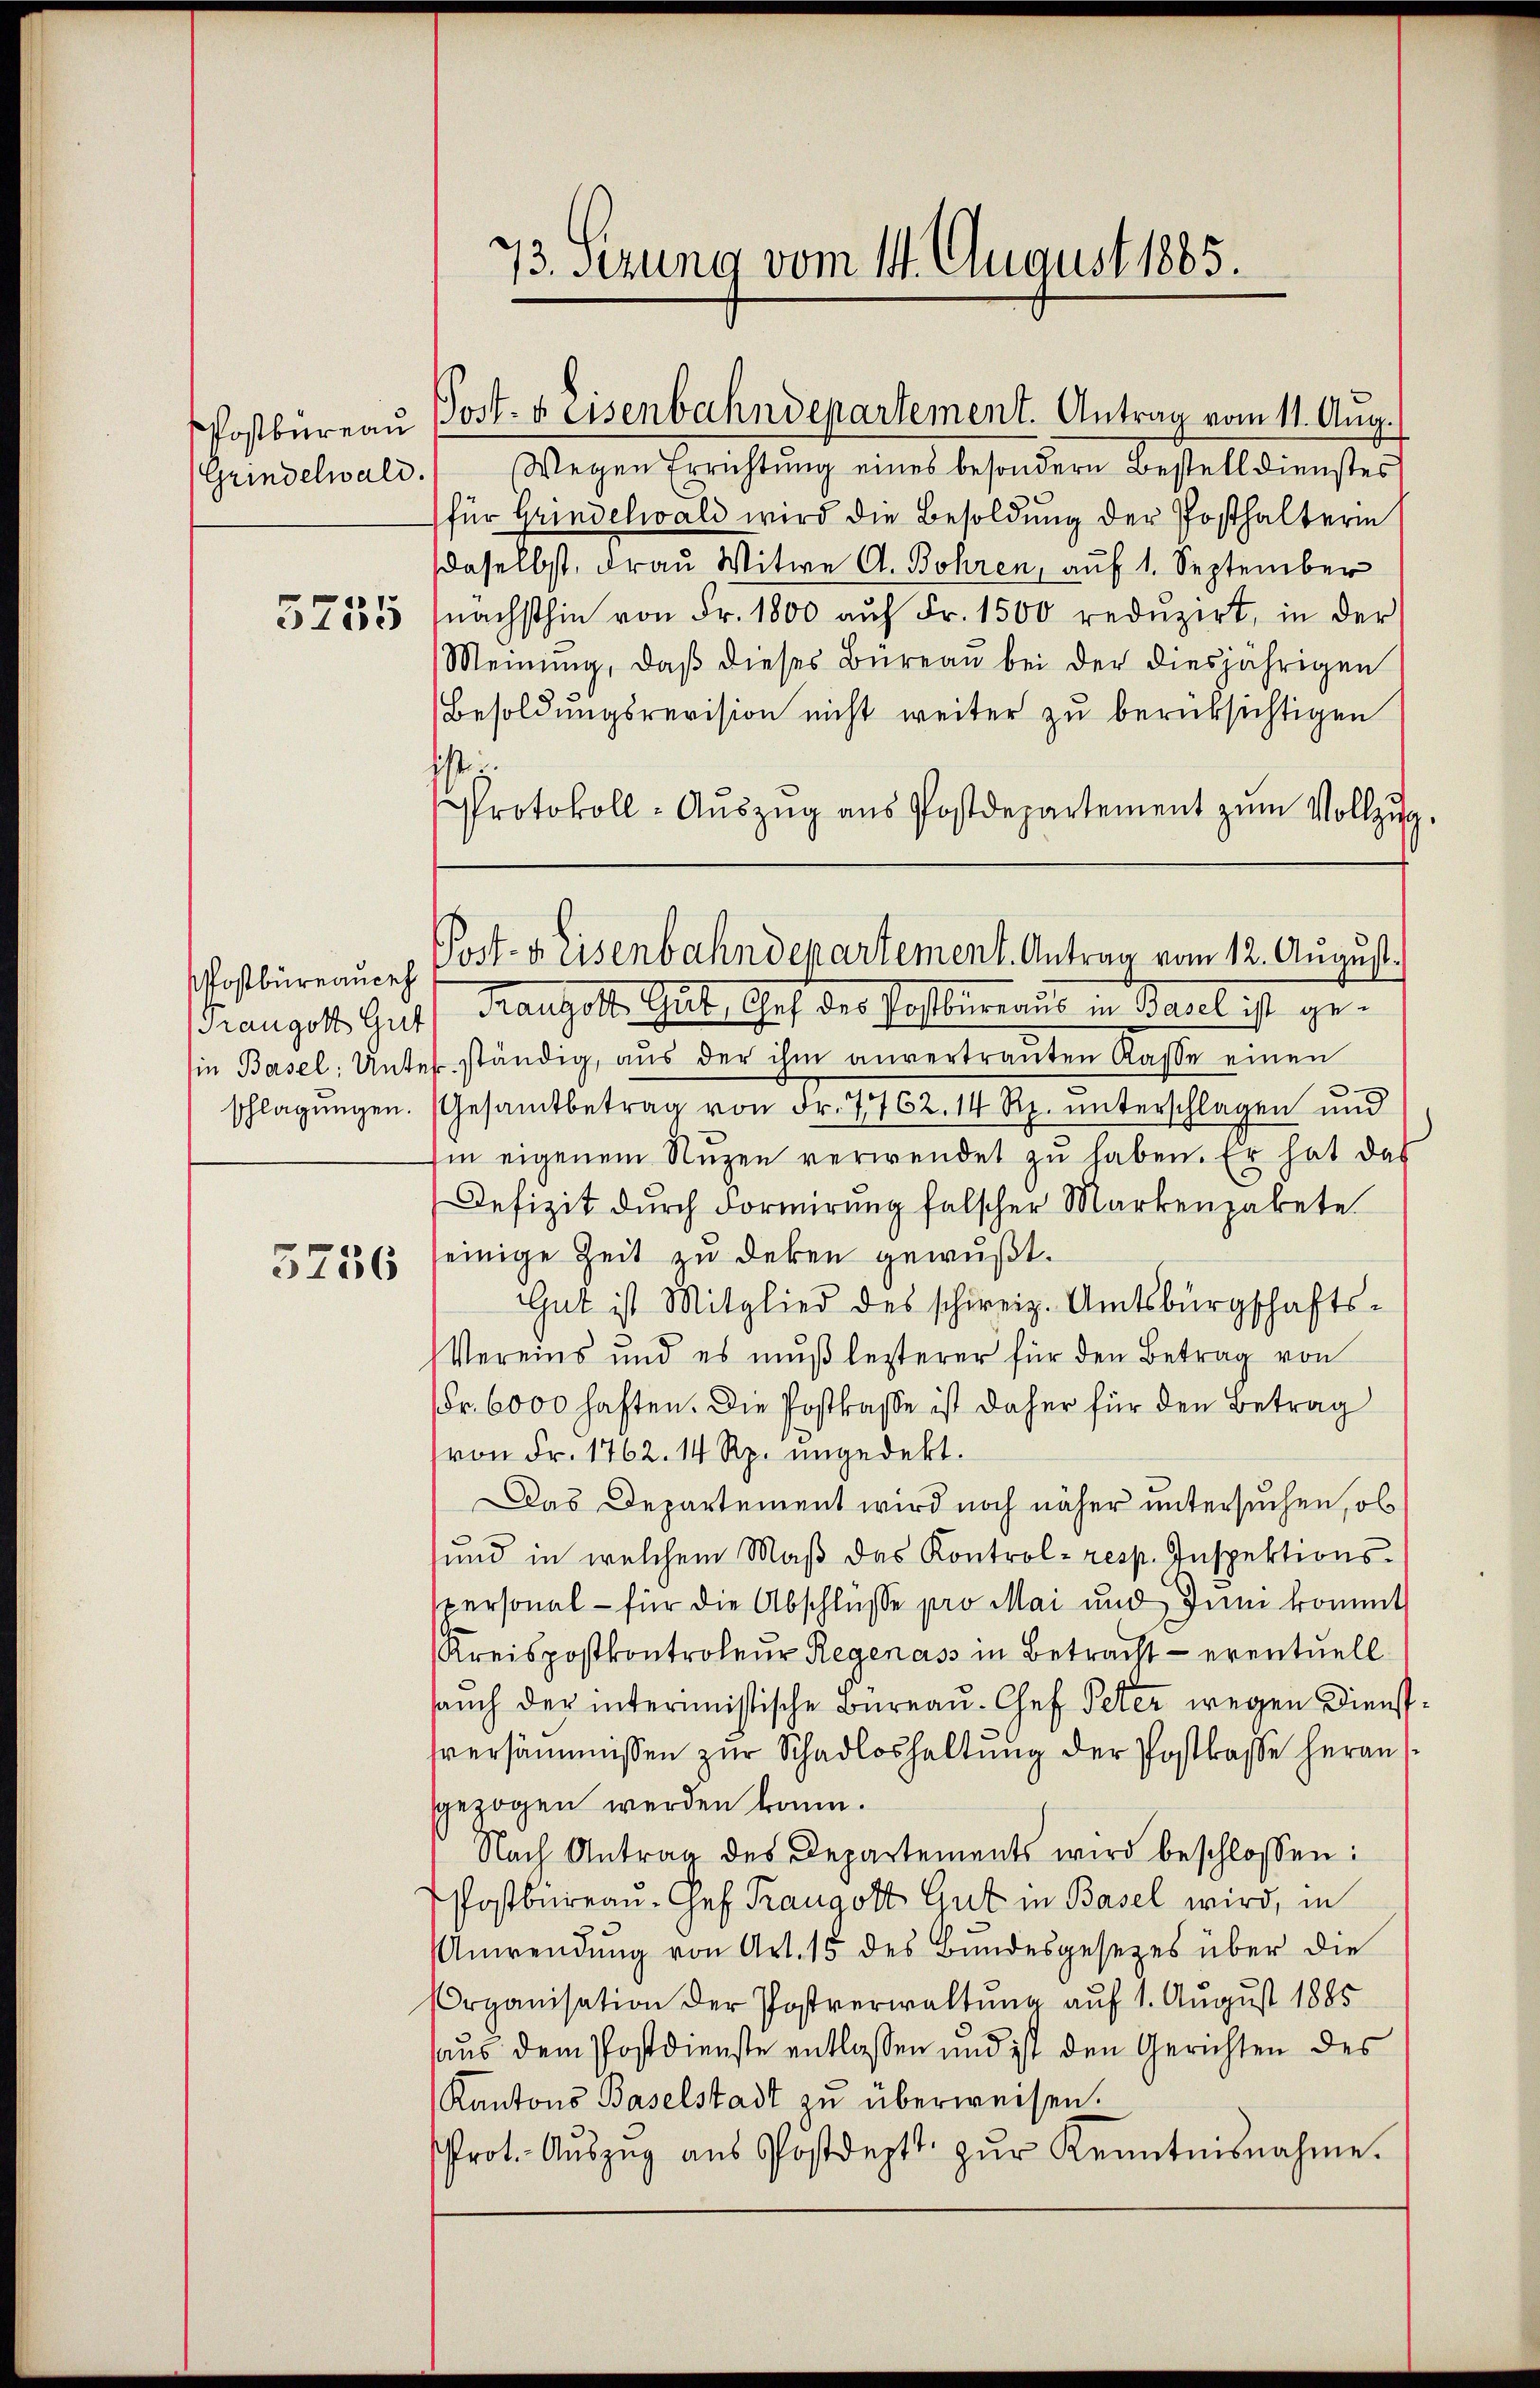
PPostbureau
Grindelwald.
3755

Pfostbüreauch
rangott Gut

3756

73. Sezung vom 14. August 1885.

Wegen Errichtŭng eines besondern Bestelldienstes
für Grindelwald wird die Besoldung der Posthalterin
daselbst, drau Witwe A. Bohren, auf 1. September
nächsthin von Fr. 1800 aŭf Fr. 1500 redŭzirt, in der
Meinŭng, daβ dieses Büreaŭ bei der diesjährigen
Besoldungsrevision nicht weiter zu berüksichtigen
hester.
Protokoll- Aŭszŭg ans Postdepartement zŭm Vollzug
Franzott, Gut, Gef des Postbureaus in Basel ist gein Basel. Unterständig, aŭs der ihm anvertrauten Kasse einen
schlagungen. (Gesamtbetrag von Fr. 7762. 14 Rp. unterschlagen und
hin eigenem Nuzen verwendet zu haben. Er hat das
Defizit durch Formirung falscher Markenzabete
einige Zeit zu deken gewußt.
Gut ist Mitglied des schweiz. Amtsbürgschafts-
Vereins und es mŭβ lezterer für den Betrag von
Fr. 6000 haften. Die Postkasse ist daher für den Betrag
von Fr. 1762. 14 Rp. ungedekt.
Das Departement wird noch näher untersuchen, ob
und in welchem Maβ das Kontrol- resp. Inspektions-
spersonal - für die Abschlüsse pro Mai und Juni kommt
Kreispostkontroleur Regenass in Betracht — eventuell
sauch der interimistische Bureau-Chef Peter wegen Diens
sversäumnissen zur Schadloshaltung der Postkasse heran
gezogen werden kann.
Nach Antrag des Departements wird beschlossen:
Postbureau, Ges. Trangott Gut in Basel wird, in
Anwendung von Art. 15 des Bundesgesetzes über die
Organisation der Postverwaltung auf 1. August 1885
aus dem Postdienste entlassen und ist den Gerichten des
Kantons Baselstadt zŭ überweisen.
Prot. Aŭszŭg aŭs Postdeptt. zŭr Kenntnisnahme.

Post- & Eisenbahndepartement. Antrag vom 11. Aug.

Post- u. Eisenbahndepartement. Antrag vom 12. August.